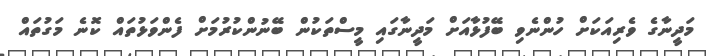
މަދީނާގެ ވެރިއަކަށް ހުންނެވި ބޭފުޅާއަށް މަދީނާގައި މީސްތަކުން ބޭނުންކުރުމަށް ފެންވަޅުތައް ކޮނެ މަގުތައް